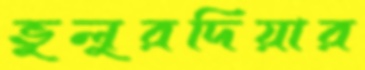
ভুলুরদিয়ার